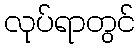
လုပ်ရာတွင်